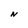
Character: N